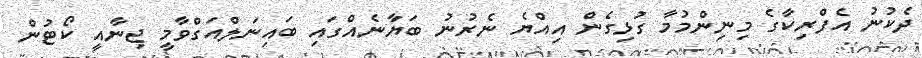
ދެކުނު އެފްރިކާގެ މިނިންމުމާ ގުޅިގެން އިއްޔެ ނެރުނު ބަޔާނެއްގައި ބައިނަލްއަގްވާމީ ޖިނާއީ ކޯޓުން